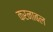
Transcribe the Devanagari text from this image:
करनाबल